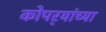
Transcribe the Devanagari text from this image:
कोपर्‍यांच्या